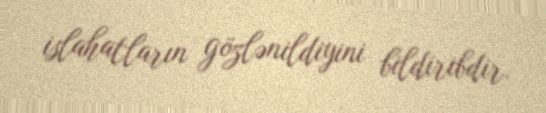
islahatların gözlənildiyini bildiribdir.